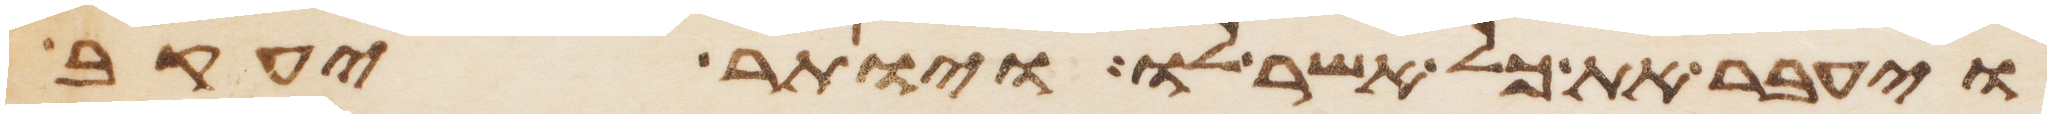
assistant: ויעבר את כל אשר לו ויותר יעקב